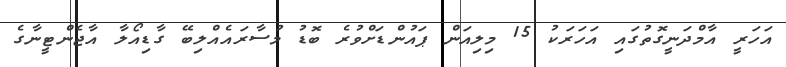
އަހަރީ އާމްދަނީގޮތުގައި އަހަރަކު 15 މިލިއަން ޕައުންޑަށްވުރެ ބޮޑު މުސާރައެއްލިބޭ ގާޑިއޯލާ އާޖެންޓީނާގެ